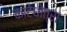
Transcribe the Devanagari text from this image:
कांटेधोत्रा